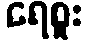
ရေစူး